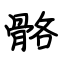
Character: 骼